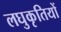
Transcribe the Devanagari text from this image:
लघुकृतियों